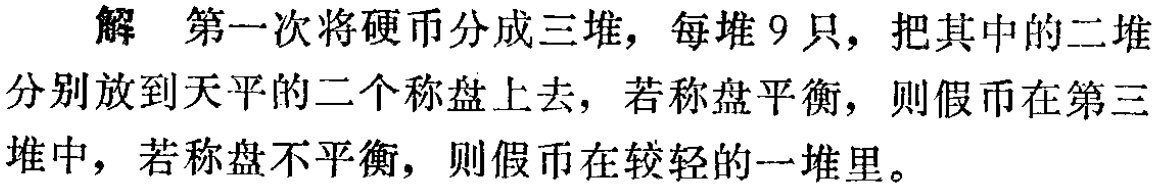
解 第一次将硬币分成三堆，每堆9只，把其中的二堆分别放到天平的二个称盘上去，若称盘平衡，则假币在第三堆中，若称盘不平衡，则假币在较轻的一堆里。